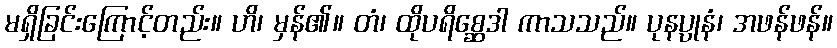
မရှိခြင်းကြောင့်တည်း။ ဟိ၊ မှန်၏။ တံ၊ ထိုပရိစ္ဆေဒါ ကာသသည်။ ပုနပ္ပုနံ၊ အဖန်ဖန်။